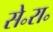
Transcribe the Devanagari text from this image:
से॰रा॰